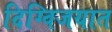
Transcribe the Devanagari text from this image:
दिग्विजयात